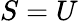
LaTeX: S=U